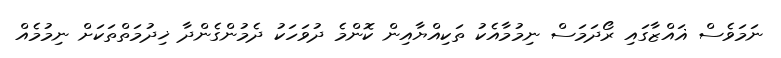
ނަމަވެސް ޣައްޒާގައި ރޯދަމަސް ނިމުމާއެކު ތަކިއްޔާއިން ކޮންމެ ދުވަހަކު ދެމުންގެންދާ ޚިދުމަތްތަކަށް ނިމުމެއް